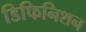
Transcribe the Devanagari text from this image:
डिफिनिशन